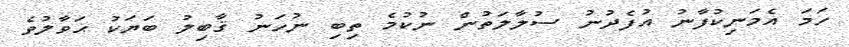
ހަމަ އެމަނިކުފާނު އުފެދުނު ސުލާލަތުން ނުކުމެ ތިބި ނުހަނު ޤާބިލު ބަޔަކު ޙަވާލުވެ